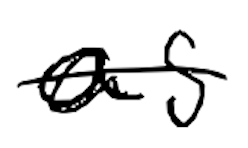
Text: as
Cross-out: single-line
Writing tool: digital_black